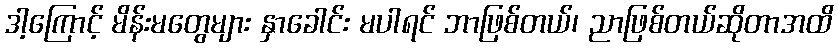
ဒါ့ကြောင့် မိန်းမတွေများ နှာခေါင်း မပါရင် ဘာဖြစ်တယ်၊ ညာဖြစ်တယ်ဆိုတာအထိ